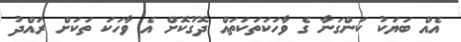
އެއް ބަޔަކު ކަންގަނާ ގެ ވާހަކަތަކަތައް ދޮގުކޮށް އެ ވާހަކަ ތަކަށް ރައްދު